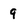
Character: q